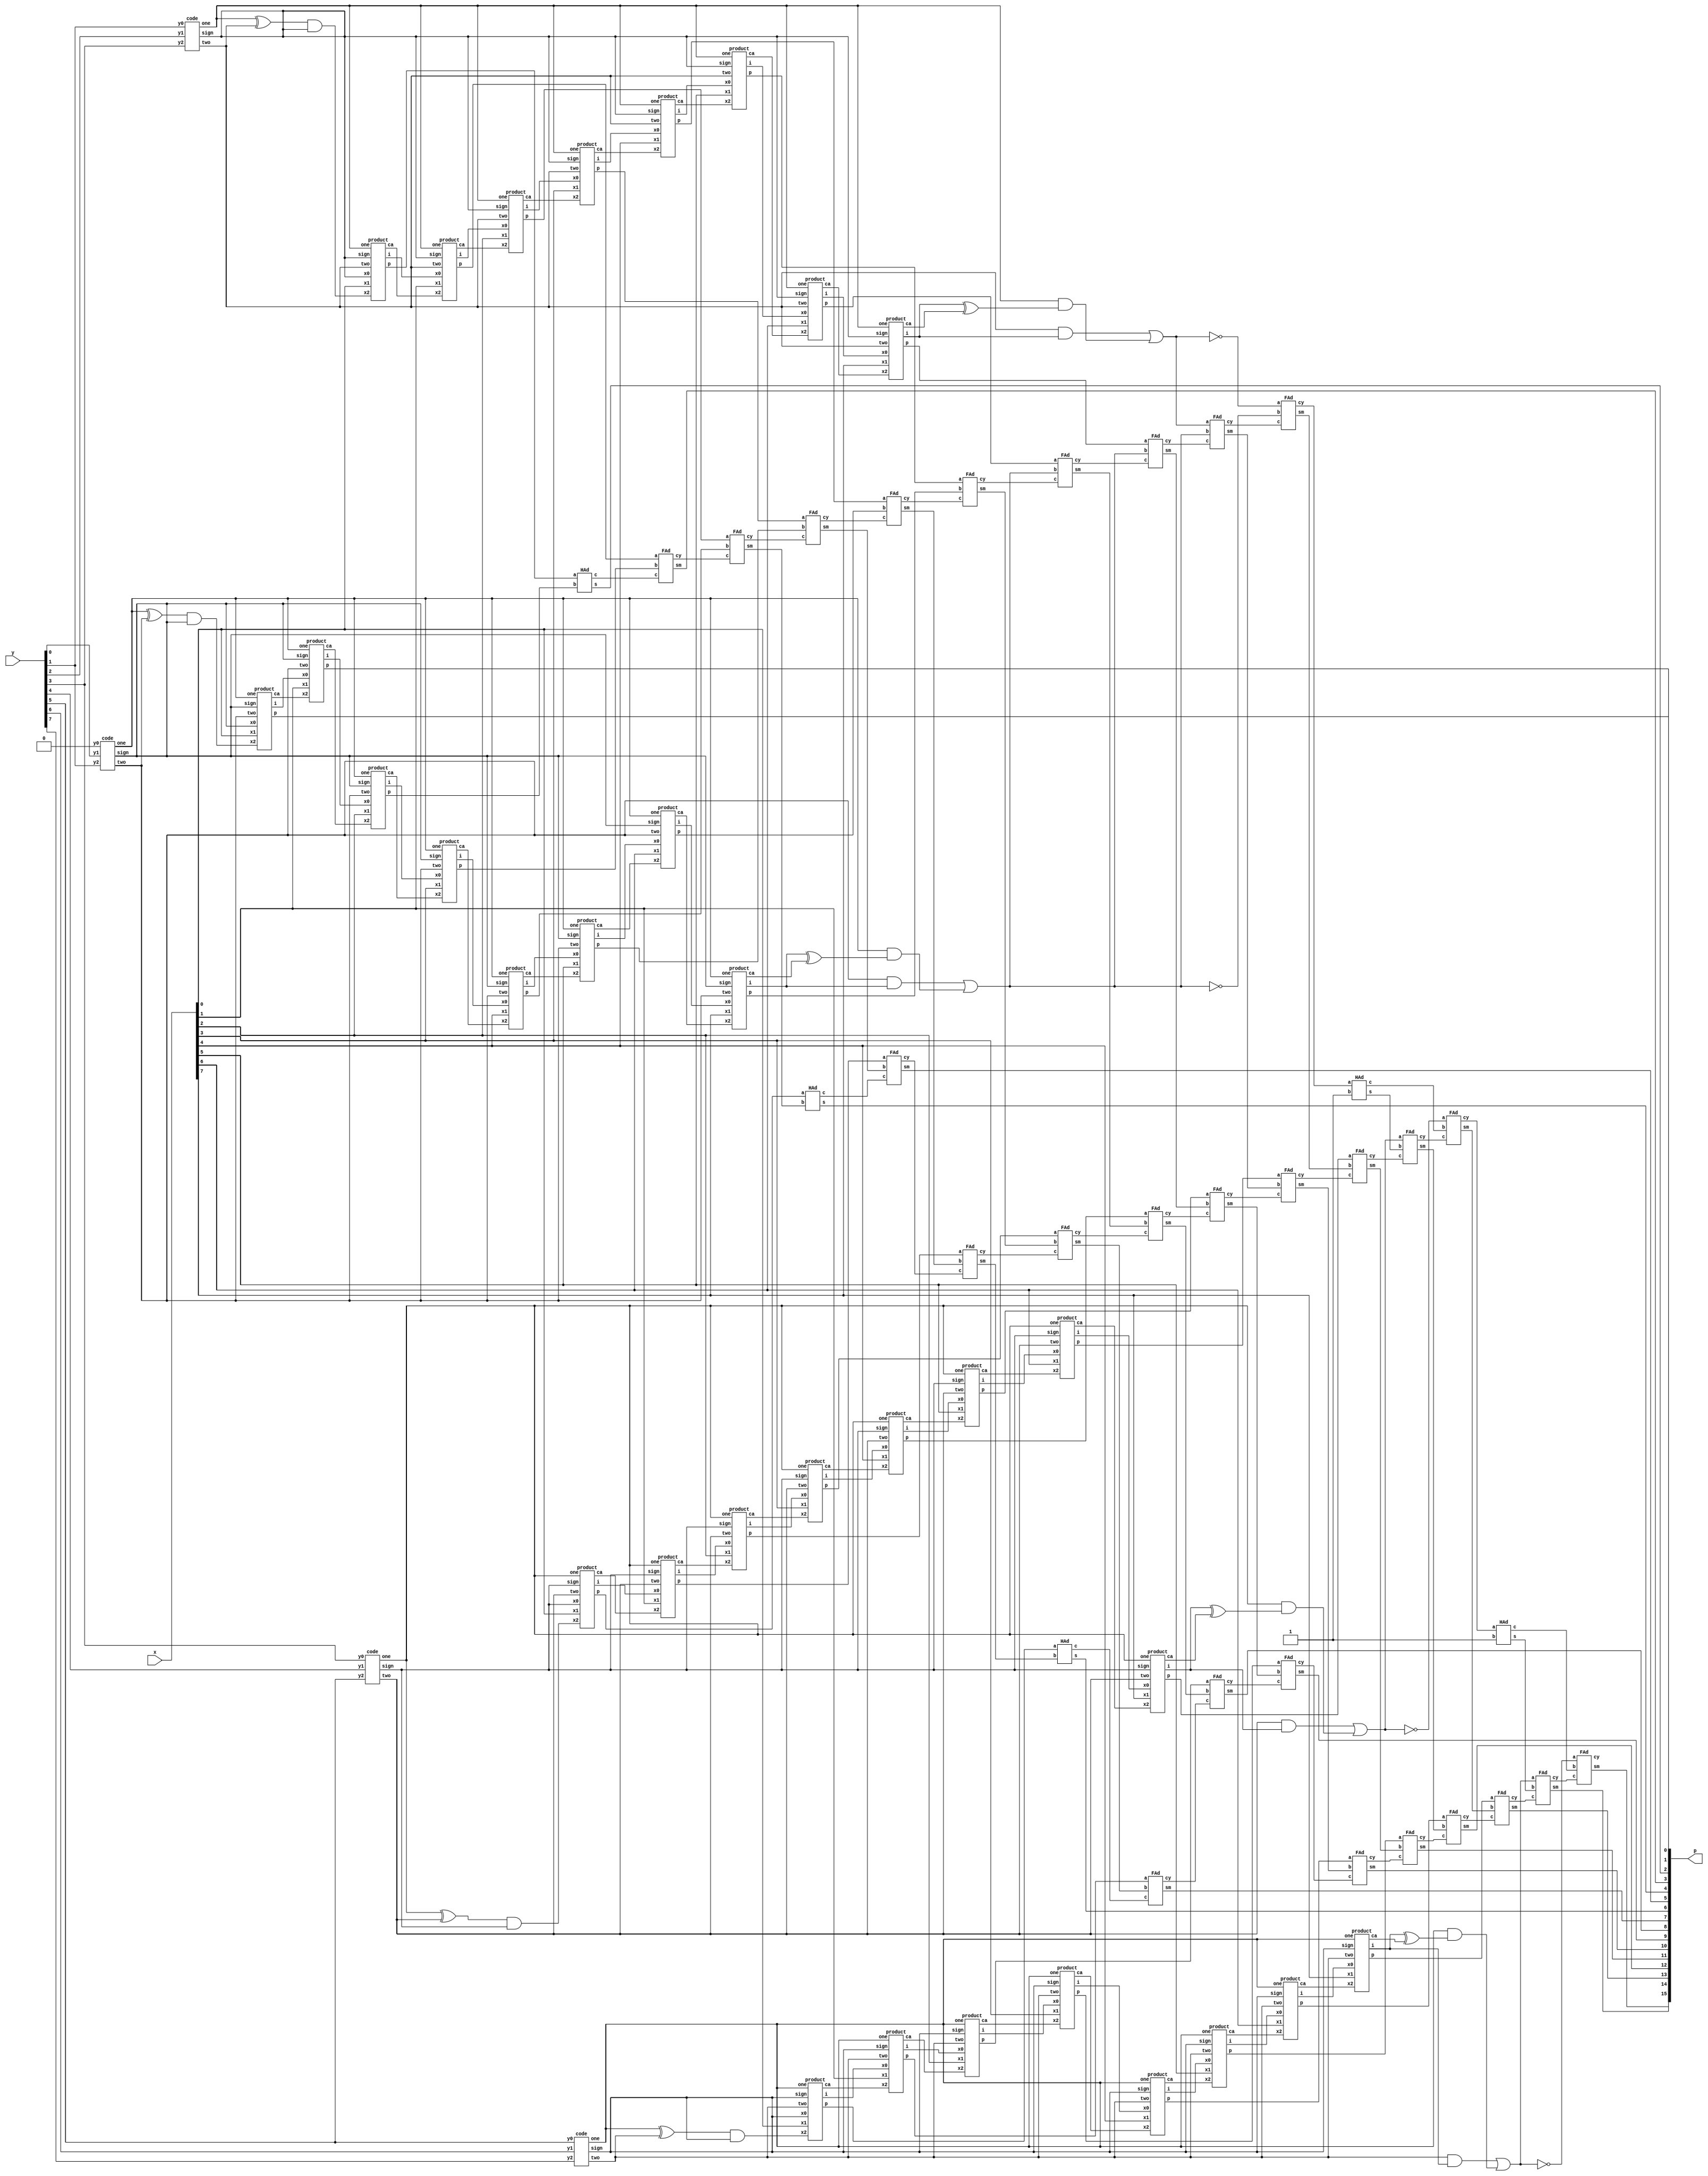
module booth(x,y,p);
input [7:0] x,y;
output [15:0] p;
wire [7:0] i,j,k,l,n,o,q,r;
wire [9:0] sp,tp,fop;
wire [7:0] fp;
wire [3:0] one,two,sign;
wire [10:0] c1,c2;
wire [8:0] ip1,ip2;
wire [9:0] c3;
wire [11:0] m;
wire [3:0] cry,z;
// carry generation
// 1st
xor n9(z[0],one[0],two[0]);
and n10(cry[0],z[0],sign[0]);
//2nd
xor n13(z[1],one[1],two[1]);
and n14(cry[1],z[1],sign[1]);
//3rd
xor n15(z[2],one[2],two[2]);
and n16(cry[2],z[2],sign[2]);
//4th
xor n17(z[3],one[3],two[3]);
and n18(cry[3],z[3],sign[3]);


code e1(one[0],two[0],sign[0],y[1],y[0],1'b0);
code e2(one[1],two[1],sign[1],y[3],y[2],y[1]);
code e3(one[2],two[2],sign[2],y[5],y[4],y[3]);
code e4(one[3],two[3],sign[3],y[7],y[6],y[5]);
//first product generation
product p0(x[0],sign[0],cry[0],one[0],two[0],sign[0],p[0],i[0],n[0]);
product p1(x[1],i[0],n[0],one[0],two[0],sign[0],p[1],i[1],n[1]);
product p2(x[2],i[1],n[1],one[0],two[0],sign[0],fp[0],i[2],n[2]);
product p3(x[3],i[2],n[2],one[0],two[0],sign[0],fp[1],i[3],n[3]);
product p4(x[4],i[3],n[3],one[0],two[0],sign[0],fp[2],i[4],n[4]);
product p5(x[5],i[4],n[4],one[0],two[0],sign[0],fp[3],i[5],n[5]);
product p6(x[6],i[5],n[5],one[0],two[0],sign[0],fp[4],i[6],n[6]);
product p7(x[7],i[6],n[6],one[0],two[0],sign[0],fp[5],i[7],n[7]);
xor x1(m[0],i[7],n[7]);
and a1(m[1],two[0],i[7]);
and a2(m[2],one[0],m[0]);
or o1(fp[6],m[1],m[2]);
not n1(fp[7],fp[6]);
//second product generation

product q0(x[0],sign[1],cry[1],one[1],two[1],sign[1],sp[0],j[0],o[0]);
product q1(x[1],j[0],o[0],one[1],two[1],sign[1],sp[1],j[1],o[1]);
product q2(x[2],j[1],o[1],one[1],two[1],sign[1],sp[2],j[2],o[2]);
product q3(x[3],j[2],o[2],one[1],two[1],sign[1],sp[3],j[3],o[3]);
product q4(x[4],j[3],o[3],one[1],two[1],sign[1],sp[4],j[4],o[4]);
product q5(x[5],j[4],o[4],one[1],two[1],sign[1],sp[5],j[5],o[5]);
product q6(x[6],j[5],o[5],one[1],two[1],sign[1],sp[6],j[6],o[6]);
product q7(x[7],j[6],o[6],one[1],two[1],sign[1],sp[7],j[7],o[7]);

xor x2(m[3],j[7],o[7]);
and a3(m[4],two[1],j[7]);

and a4(m[5],one[1],m[3]);
or o2(sp[8],m[4],m[5]);
not n2(sp[9],sp[8]);

//third product

product r0(x[0],sign[2],cry[2],one[2],two[2],sign[2],tp[0],k[0],q[0]);
product r1(x[1],k[0],q[0],one[2],two[2],sign[2],tp[1],k[1],q[1]);
product r2(x[2],k[1],q[1],one[2],two[2],sign[2],tp[2],k[2],q[2]);
product r3(x[3],k[2],q[2],one[2],two[2],sign[2],tp[3],k[3],q[3]);
product r4(x[4],k[3],q[3],one[2],two[2],sign[2],tp[4],k[4],q[4]);
product r5(x[5],k[4],q[4],one[2],two[2],sign[2],tp[5],k[5],q[5]);
product r6(x[6],k[5],q[5],one[2],two[2],sign[2],tp[6],k[6],q[6]);
product r7(x[7],k[6],q[6],one[2],two[2],sign[2],tp[7],k[7],q[7]);

xor x3(m[6],k[7],q[7]);
and a5(m[7],two[2],k[7]);

and a6(m[8],one[2],m[6]);
or o3(tp[8],m[7],m[8]);
not n3(tp[9],tp[8]);



//fourth product

product s0(x[0],sign[3],cry[3],one[3],two[3],sign[3],fop[0],l[0],r[0]);
product s1(x[1],l[0],r[0],one[3],two[3],sign[3],fop[1],l[1],r[1]);
product s2(x[2],l[1],r[1],one[3],two[3],sign[3],fop[2],l[2],r[2]);
product s3(x[3],l[2],r[2],one[3],two[3],sign[3],fop[3],l[3],r[3]);
product s4(x[4],l[3],r[3],one[3],two[3],sign[3],fop[4],l[4],r[4]);
product s5(x[5],l[4],r[4],one[3],two[3],sign[3],fop[5],l[5],r[5]);
product s6(x[6],l[5],r[5],one[3],two[3],sign[3],fop[6],l[6],r[6]);
product s7(x[7],l[6],r[6],one[3],two[3],sign[3],fop[7],l[7],r[7]);

xor x4(m[9],l[7],r[7]);
and a7(m[10],two[3],l[7]);

and a8(m[11],one[3],m[9]);
or o4(fop[8],m[10],m[11]);
not n4(fop[9],fop[8]);

//1st add
HAd fa1(sp[0],fp[0],c1[0],p[2]);
FAd fa2(sp[1],fp[1],c1[0],c1[1],p[3]);
FAd fa3(sp[2],fp[2],c1[1],c1[2],ip1[0]);
FAd fa4(sp[3],fp[3],c1[2],c1[3],ip1[1]);
FAd fa5(sp[4],fp[4],c1[3],c1[4],ip1[2]);
FAd fa6(sp[5],fp[5],c1[4],c1[5],ip1[3]);
FAd fa7(sp[6],fp[6],c1[5],c1[6],ip1[4]);
FAd fa8(sp[7],fp[6],c1[6],c1[7],ip1[5]);
FAd fa9(sp[8],fp[6],c1[7],c1[8],ip1[6]);
FAd fa10(sp[9],fp[7],c1[8],c1[9],ip1[7]);
HAd fa11(c1[9],1'b1,c1[10],ip1[8]);

//2rd add
HAd sa1(tp[0],ip1[0],c2[0],p[4]);
FAd sa2(tp[1],ip1[1],c2[0],c2[1],p[5]);
FAd sa3(tp[2],ip1[2],c2[1],c2[2],ip2[0]);
FAd sa4(tp[3],ip1[3],c2[2],c2[3],ip2[1]);
FAd sa5(tp[4],ip1[4],c2[3],c2[4],ip2[2]);
FAd sa6(tp[5],ip1[5],c2[4],c2[5],ip2[3]);
FAd sa7(tp[6],ip1[6],c2[5],c2[6],ip2[4]);
FAd sa8(tp[7],ip1[7],c2[6],c2[7],ip2[5]);
FAd sa9(tp[8],ip1[8],c2[7],c2[8],ip2[6]);
FAd sa10(tp[9],c1[10],c2[8],c2[9],ip2[7]);
HAd sa11(c2[9],1'b1,c2[10],ip2[8]);

//3th add

HAd foa1(fop[0],ip2[0],c3[0],p[6]);
FAd foa2(fop[1],ip2[1],c3[0],c3[1],p[7]);
FAd foa3(fop[2],ip2[2],c3[1],c3[2],p[8]);
FAd foa4(fop[3],ip2[3],c3[2],c3[3],p[9]);
FAd foa5(fop[4],ip2[4],c3[3],c3[4],p[10]);
FAd foa6(fop[5],ip2[5],c3[4],c3[5],p[11]);
FAd foa7(fop[6],ip2[6],c3[5],c3[6],p[12]);
FAd foa8(fop[7],ip2[7],c3[6],c3[7],p[13]);
FAd foa9(fop[8],ip2[8],c3[7],c3[8],p[14]);
FAd foa10(fop[9],c2[10],c3[8],c3[9],p[15]);




endmodule

// generation of codes
module code(one,two,sign,y2,y1,y0);
input y2,y1,y0;
output one,two,sign;
wire [1:0]k;
xor x1(one,y0,y1);
xor x2(k[1],y2,y1);
not n1(k[0],one);
and a1(two,k[0],k[1]);
assign sign=y2;
endmodule

//generation of inner products
module product(x1,x0,x2,one,two,sign,p,i,ca);
input x1,x0,x2,sign,one,two;
output p,i,ca;
wire [2:0] k;
xor xo1(i,x1,sign);
and a1(k[1],i,one);
and a0(k[0],x0,two);
or o0(k[2],k[1],k[0]);
xor xo2(p,k[2],x2);
and a2(ca,k[2],x2);
endmodule

//adders design
module HAd(a,b,c,s);
input a,b;
output c,s;
xor x1(s,a,b);
and a1(c,a,b);
endmodule

module FAd(a,b,c,cy,sm);
input a,b,c;
output cy,sm;
wire x,y,z;
HAd h1(a,b,x,z);
HAd h2(z,c,y,sm);
or o1(cy,x,y);
endmodule